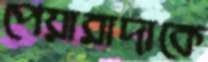
পেয়ারাদাকে